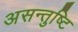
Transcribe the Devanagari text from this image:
असन्तुष्टि